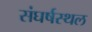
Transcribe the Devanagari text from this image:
संघर्षस्थल